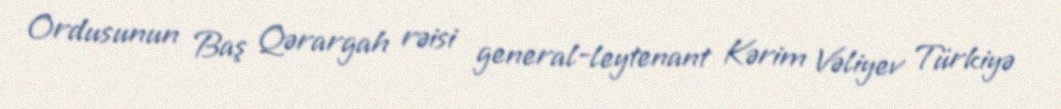
Ordusunun Baş Qərargah rəisi general-leytenant Kərim Vəliyev Türkiyə